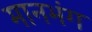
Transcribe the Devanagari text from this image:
मानभंग